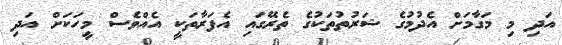
އަދި މި މަގާމަށް އެދުމުގެ ޝަރުތުތަކުގެ ތެރޭގައި އެފަރާތަކީ އެއްވެސް މީހަކަށް އަދި